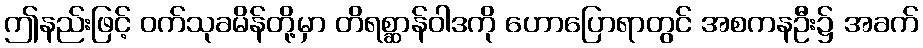
ဤနည်းဖြင့် ဝက်သုခမိန်တို့မှာ တိရစ္ဆာန်ဝါဒကို ဟောပြောရာတွင် အစကနဦး၌ အခက်